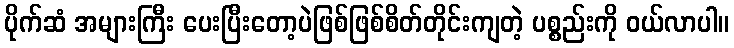
ပိုက်ဆံ အများကြီး ပေးပြီးတော့ပဲဖြစ်ဖြစ်စိတ်တိုင်းကျတဲ့ ပစ္စည်းကို ဝယ်လာပါ။